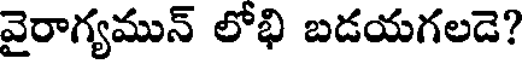
వైరాగ్యమున్ లోభి బడయగలడె?